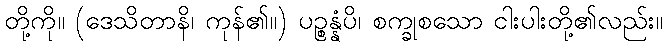
တို့ကို။ (ဒေသိတာနိ၊ ကုန်၏။) ပဉ္စန္နံပိ၊ စက္ခုစသော ငါးပါးတို့၏လည်း။